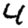
Digit: 4